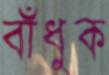
বাঁধুক